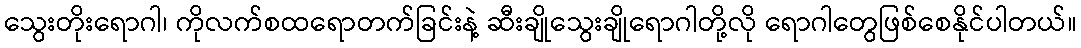
သွေးတိုးရောဂါ၊ ကိုလက်စထရောတက်ခြင်းနဲ့ ဆီးချိုသွေးချိုရောဂါတို့လို ရောဂါတွေဖြစ်စေနိုင်ပါတယ်။